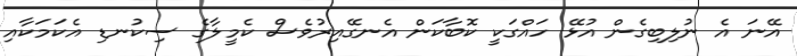
އޭނަ އެ ނުލިބިގެން އުޅޭ ހައްގަކީ ކޮބާކަން އެނގޭއިރުވެސް ކެމީލާގެ ސިކުނޑި އެކަމަކާއި